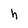
Character: h